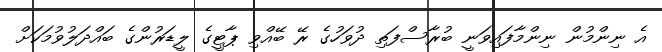
އެ ނިންމުން ނިންމާފައިވަނީ ބުރާސްފަތި ދުވަހުގެ ރޭ ބޭއްވި ޕާޓީގެ ލީޑަރުންގެ ބައްދަލުވުމަކަށް